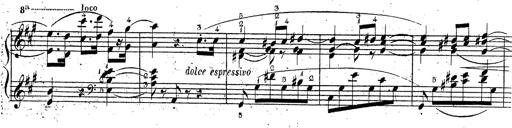
Title: Grande fantaisie sur la tyrolienne de l'opÃ©ra
Composer: Franz Liszt
Key: A major